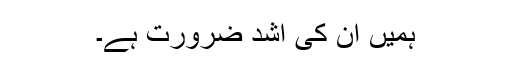
ہمیں ان کی اشد ضرورت ہے۔